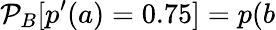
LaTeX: \mathcal{P}_{B}[p^{\prime}(a)=0.75]=p(b